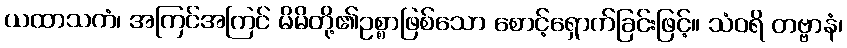
ယထာသကံ၊ အကြင်အကြင် မိမိတို့၏ဥစ္စာဖြစ်သော စောင့်ရှောက်ခြင်းဖြင့်။ သံဝရိ တဗ္ဗာနံ၊